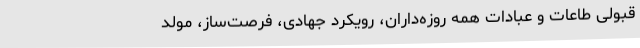
قبولی طاعات و عبادات همه روزه‌داران، رویکرد جهادی، فرصت‌ساز، مولد